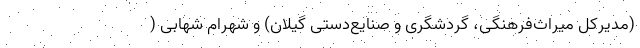
(مدیرکل میراث‌فرهنگی، گردشگری و صنایع‌دستی گیلان) و شهرام شهابی (